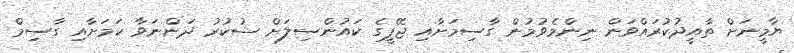
ޔާމީނަށް ތާއީދުކުރައްވަން ނިންމެވުމުން ގާސިމަށާއި ޖޭޕީގެ ކައުންސިލަށް ޝުކުރު ދަންނަވާ ކަމަށާއި ގާސިމް